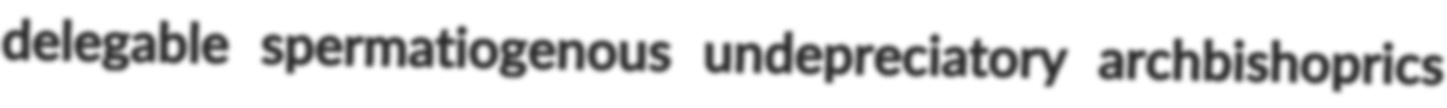
delegable spermatiogenous undepreciatory archbishoprics